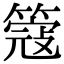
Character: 簆